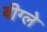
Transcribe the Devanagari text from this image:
बीग्ले